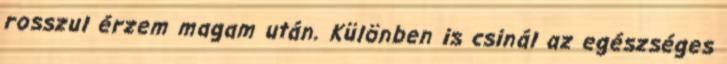
rosszul érzem magam után. Különben is csinál az egészséges